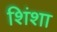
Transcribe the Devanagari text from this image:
शिंशा